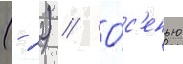
(- 22) // О́с'енью